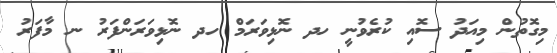
މިގޮތުން މިއަދު ސޮއި ކުރެވުނީ ހދ ނޮޅިވަރަމް ހދ ނޮޅިވަރަންފަރު ނ މާފަރު